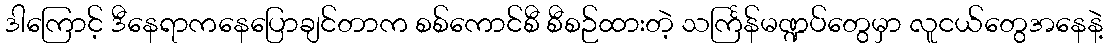
ဒါကြောင့် ဒီနေရာကနေပြောချင်တာက စစ်ကောင်စီ စီစဉ်ထားတဲ့ သင်္ကြန်မဏ္ဍပ်တွေမှာ လူငယ်တွေအနေနဲ့